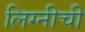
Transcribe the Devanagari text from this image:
लिग्नीची